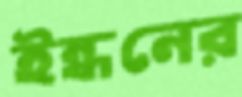
ইন্ধনের